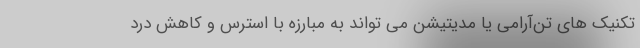
تکنیک های تن‌آرامی یا مدیتیشن می تواند به مبارزه با استرس و کاهش درد